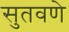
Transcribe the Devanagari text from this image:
सुतवणे